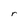
Character: r